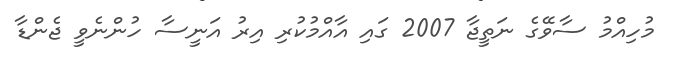
މުހިއްމު ސާވޭގެ ނަތީޖާ 2007 ގައި އާއްމުކުރި އިރު އަނީސާ ހުންނެވީ ޖެންޑާ